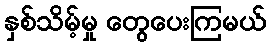
နှစ်သိမ့်မှု တွေပေးကြမယ်